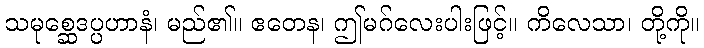
သမုစ္ဆေဒပ္ပဟာနံ၊ မည်၏။ ဧတေန၊ ဤမဂ်လေးပါးဖြင့်။ ကိလေသာ၊ တို့ကို။